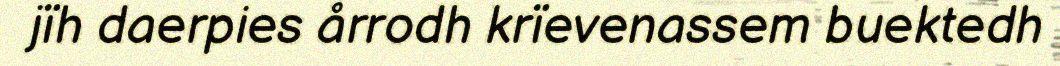
jïh daerpies årrodh krïevenassem buektedh